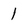
Character: 1